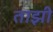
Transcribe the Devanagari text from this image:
ताझी